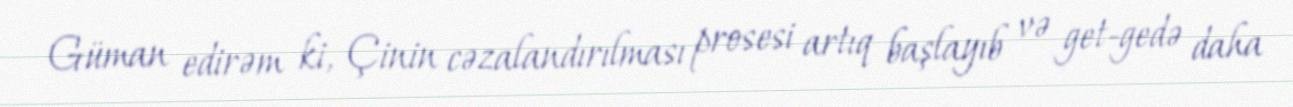
Güman edirəm ki, Çinin cəzalandırılması prosesi artıq başlayıb və get-gedə daha